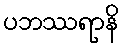
ပဘဿရာနိ